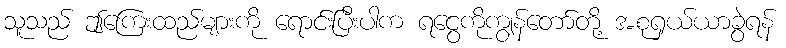
သူသည် ဤကြေးထည်များကို ရောင်းပြီးပါက ရငွေကိုကျွန်တော်တို့ အစုရှယ်ယာခွဲရန်